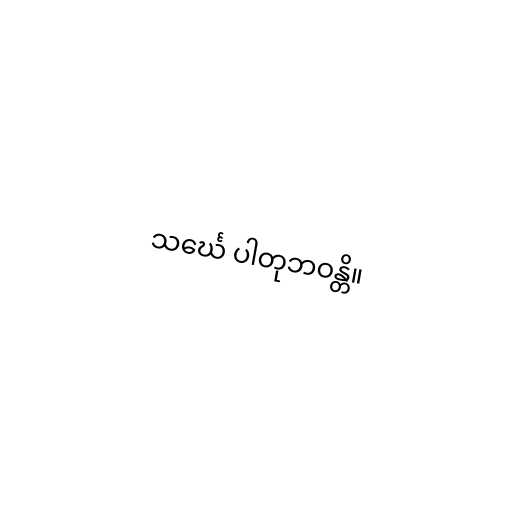
သင်္ဃေ ပါတုဘဝန္တိ။